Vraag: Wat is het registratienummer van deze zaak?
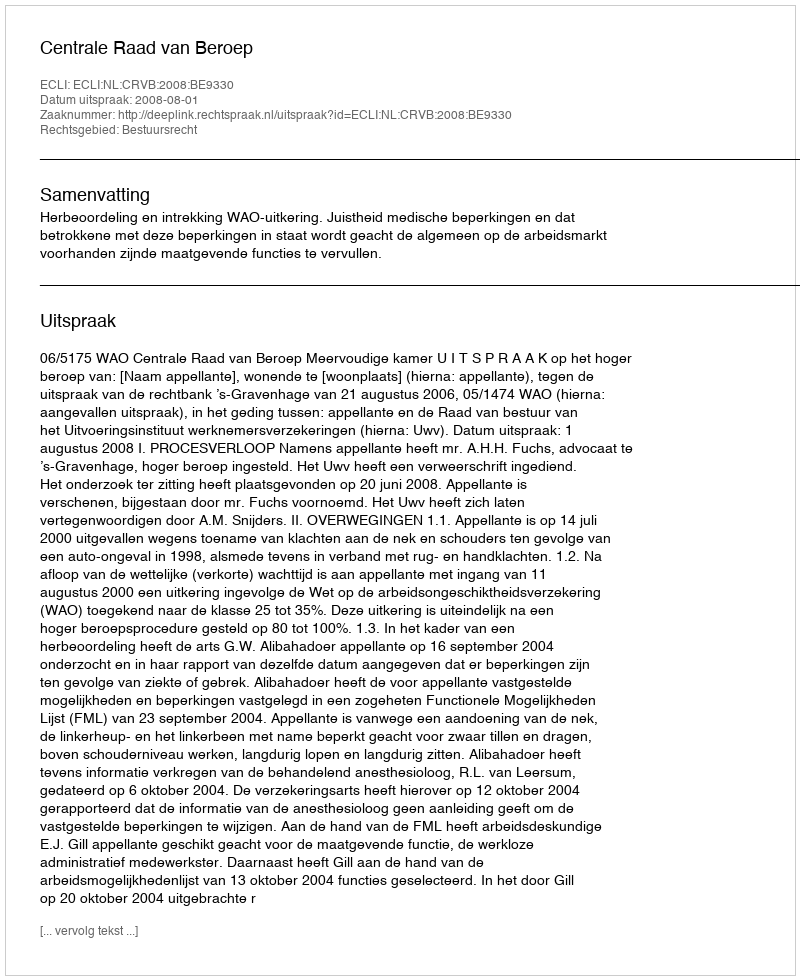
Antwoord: http://deeplink.rechtspraak.nl/uitspraak?id=ECLI:NL:CRVB:2008:BE9330